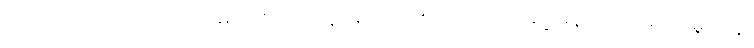
မင်းအကြောင်းကို မင်းမပြောဘဲ နေခဲ့ရင် တစ်ဘက်သားရဲ့ မနာလိုတိုရှည်မှုတွေ၊